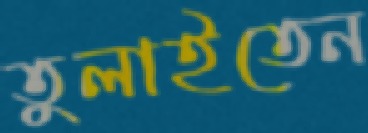
তুলাইতেন